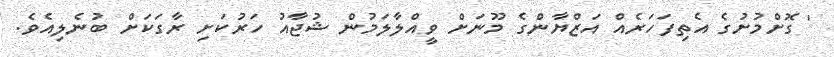
' ގޮށްމުށުގެ އެތިފަހަރެއް އަޒްޔާންގެ މޫނަށް ވީއްލާލަމުން ޝުޖާއު ހަރުކަށި ރާގަކަށް ބުނެލިއެވެ.